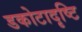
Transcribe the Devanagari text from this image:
डकोटादृष्टि